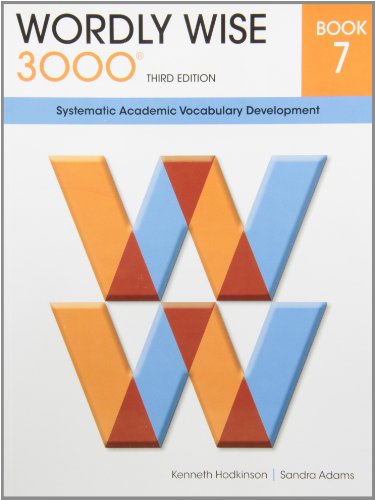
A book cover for Wordly Wise 3000 Book 7: Systematic Academic Vocalulary Development; Kenneth Hodkinson; Teen & Young Adult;